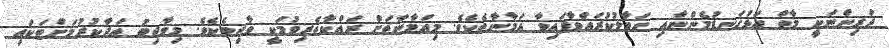
ދަރިންނަކީ މާތް އަޅުގަނޑުމެންނާއި ހަވާލުކުރައްވާފައިވާ އަމާނާތެކެވެ. މިއަމާނާތަށް ރައްކާތެރިވުމަކީ ވާޖިބެކެވެ. މިވާޖިބު އަދާކުރުމަށްޓަކައި